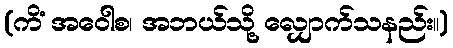
(ကိံ အဝေါစ၊ အဘယ်သို့ လျှောက်သနည်း။)